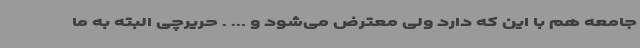
جامعه هم با این که دارد ولی معترض می‌شود و ... . حریرچی البته به ما